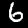
Label: 6